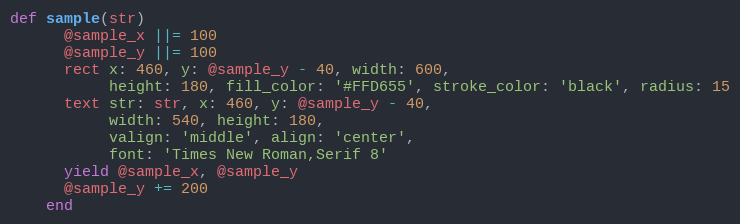
Language: Ruby
def sample(str)
      @sample_x ||= 100
      @sample_y ||= 100
      rect x: 460, y: @sample_y - 40, width: 600,
           height: 180, fill_color: '#FFD655', stroke_color: 'black', radius: 15
      text str: str, x: 460, y: @sample_y - 40,
           width: 540, height: 180,
           valign: 'middle', align: 'center',
           font: 'Times New Roman,Serif 8'
      yield @sample_x, @sample_y
      @sample_y += 200
    end